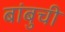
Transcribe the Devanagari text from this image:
बांबुची